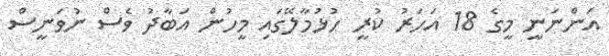
އަންނަނީ މީގެ 18 އަހަރު ކުރީ ހުޅުމާލޭގައި މީހުން އަބާދު ވެސް ނުވަނީސް